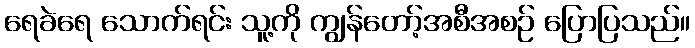
ရေခဲရေ သောက်ရင်း သူ့ကို ကျွန်တော့်အစီအစဉ် ပြောပြသည်။